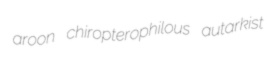
aroon chiropterophilous autarkist